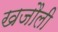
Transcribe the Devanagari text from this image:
खजौली